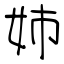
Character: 姉